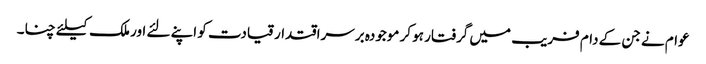
عوام نے جن کے دام فریب میں گرفتار ہو کر موجودہ برسراقتدار قیادت کو اپنے لئے اور ملک کیلئے چنا۔